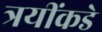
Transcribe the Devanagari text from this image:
त्रयींकडे